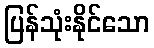
ပြန်သုံးနိုင်သော